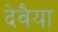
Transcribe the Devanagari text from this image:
देवैया